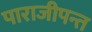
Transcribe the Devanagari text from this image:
पाराजीपन्त